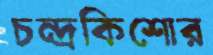
চন্দ্রকিশোর